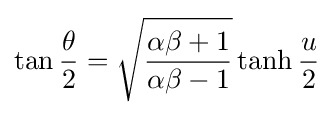
\tan {\frac {\theta }{2}}={\sqrt {\frac {\alpha \beta +1}{\alpha \beta -1}}}\tanh {\frac {u}{2}}